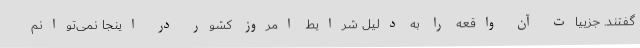
گفتند. جزییات آن واقعه را به دلیل شرایط امروز کشور در اینجا نمی‌توانم